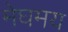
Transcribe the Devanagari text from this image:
मेघमय